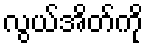
လွယ်အိတ်ကို